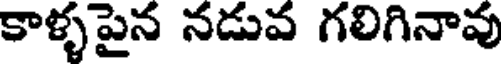
కాళ్ళపైన నడువ గలిగినావు